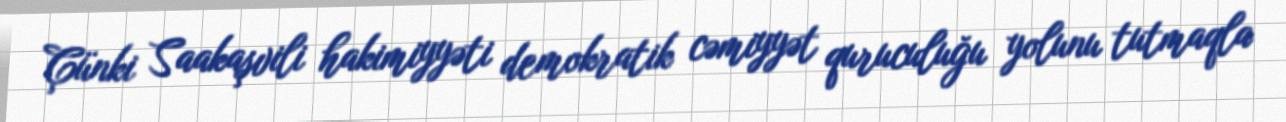
Çünki Saakaşvili hakimiyyəti demokratik cəmiyyət quruculuğu yolunu tutmaqla